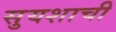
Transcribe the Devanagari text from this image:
सुयशाची